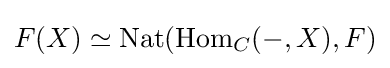
F(X)\simeq \operatorname {Nat} (\operatorname {Hom} _{C}(-,X),F)